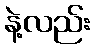
နဲ့လည်း